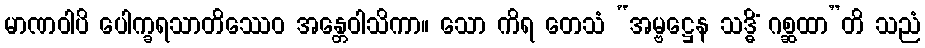
မာဏဝါပိ ပေါက္ခရသာတိဿေဝ အန္တေဝါသိကာ။ သော ကိရ တေသံ “အမ္ဗဋ္ဌေန သဒ္ဓိံ ဂစ္ဆထာ”တိ သညံ